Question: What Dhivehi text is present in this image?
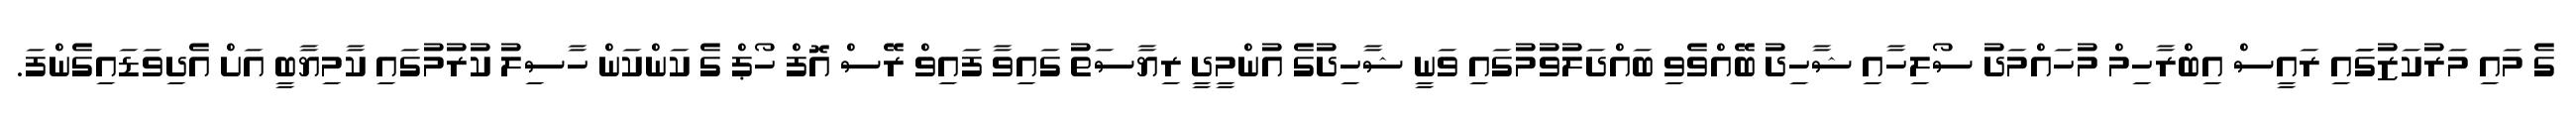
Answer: ގެ މައި މަރުކަޒުގަައި ރައީސް އިބްރާހިމް މުހައްމަދު ސޯލިހާއި ޝާހިދު ބޭއްވެވި ބައްދަލުވުމުގައި ވަނީ ޝާހިދުގެ އުންމީދީ ރިޔާސަތު ގައިވާ ފައިވް ރޭސް އޮފް ހޯޕް ގެ ކަންކަން ހާސިލު ކުރުމުގައި ކާމިޔާބީ އަށް އެދިވަޑައިގެންފަ.